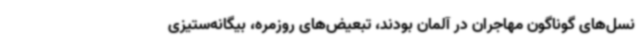
نسل‌های گوناگون مهاجران در آلمان بودند، تبعیض‌های روزمره، بیگانه‌ستیزی